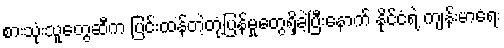
စားသုံးသူတွေဆီက ပြင်းထန်တဲ့တုံ့ပြန်မှုတွေရှိခဲ့ပြီးနောက် နိုင်ငံရဲ့ ကျန်းမာရေး